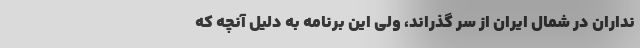
نداران در شمال ایران از سر گذراند، ولی این برنامه به دلیل آنچه که